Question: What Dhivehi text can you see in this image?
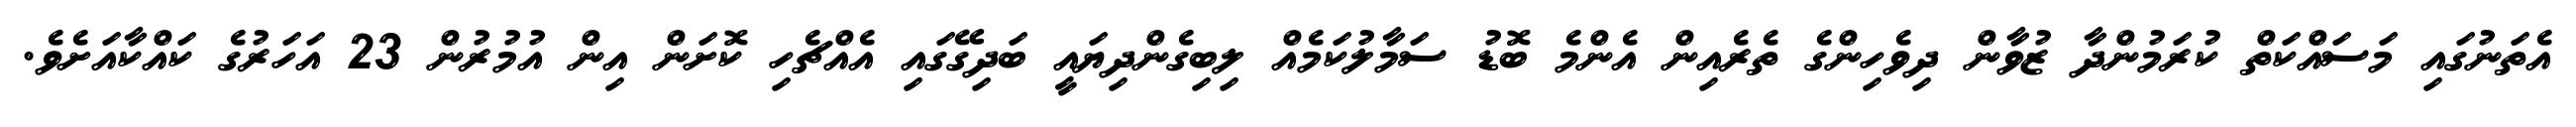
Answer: އެތަނުގައި މަސައްކަތް ކުރަމުންދާ ޒުވާން ދިވެހިންގެ ތެރެއިން އެންމެ ބޮޑު ސަމާލުކަމެއް ލިބިގެންދިޔައީ ބަދިގޭގައި އެއްޗެހި ކޮށަން އިން އުމުރުން 23 އަހަރުގެ ކައްކާއަށެވެ.